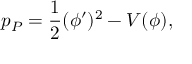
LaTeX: p _ { P } = { \frac { 1 } { 2 } } ( \phi ^ { \prime } ) ^ { 2 } - V ( \phi ) ,